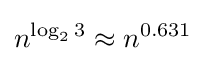
n^{\log _{2}3}\approx n^{0.631}